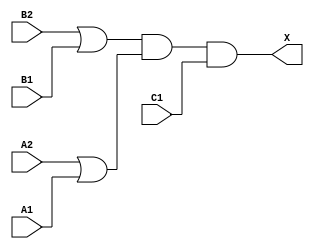
module sky130_fd_sc_lp__o221a (
    X ,
    A1,
    A2,
    B1,
    B2,
    C1
);

    // Module ports
    output X ;
    input  A1;
    input  A2;
    input  B1;
    input  B2;
    input  C1;

    // Module supplies
    supply1 VPWR;
    supply0 VGND;
    supply1 VPB ;
    supply0 VNB ;

    // Local signals
    wire or0_out   ;
    wire or1_out   ;
    wire and0_out_X;

    //  Name  Output      Other arguments
    or  or0  (or0_out   , B2, B1              );
    or  or1  (or1_out   , A2, A1              );
    and and0 (and0_out_X, or0_out, or1_out, C1);
    buf buf0 (X         , and0_out_X          );

endmodule